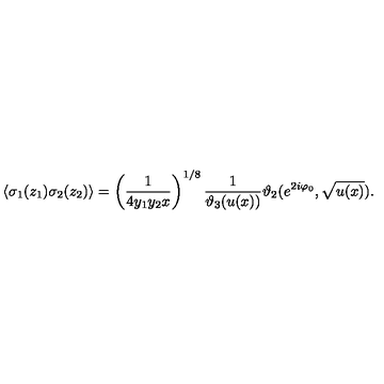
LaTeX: \langle \sigma _ { 1 } ( z _ { 1 } ) \sigma _ { 2 } ( z _ { 2 } ) \rangle = \left( \frac { 1 } { 4 y _ { 1 } y _ { 2 } x } \right) ^ { 1 / 8 } \frac { 1 } { \vartheta _ { 3 } ( u ( x ) ) } \vartheta _ { 2 } ( e ^ { 2 i \varphi _ { 0 } } , \sqrt { u ( x ) } ) .